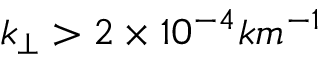
k _ { \perp } > 2 \times 1 0 ^ { - 4 } k m ^ { - 1 }